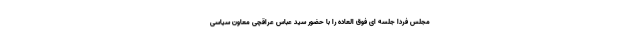
مجلس فردا جلسه ای فوق العاده را با حضور سید عباس عراقچی معاون سیاسی